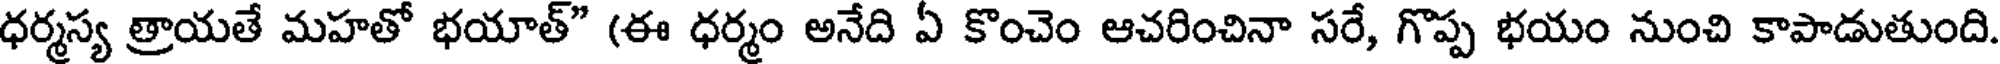
ధర్మస్య త్రాయతే మహతో భయాత్" (ఈ ధర్మం అనేది ఏ కొంచెం ఆచరించినా సరే, గొప్ప భయం నుంచి కాపాడుతుంది